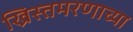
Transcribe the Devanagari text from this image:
ख्रिस्तमरणाच्या